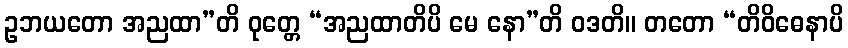
ဥဘယတော အညထာ”တိ ဝုတ္တေ “အညထာတိပိ မေ နော”တိ ဝဒတိ။ တတော “တိဝိဓေနာပိ